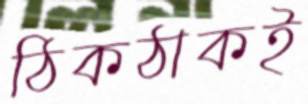
ঠিকঠাকই